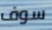
سوف